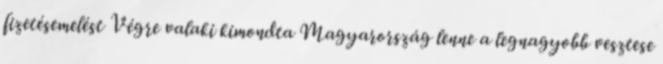
fizetésemelést Végre valaki kimondta Magyarország lenne a legnagyobb vesztese